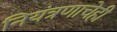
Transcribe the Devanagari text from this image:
नियंत्रणाचेही